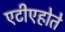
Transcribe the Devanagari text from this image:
एटीएहोते